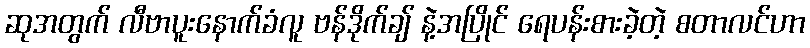
ဆုအတွက် လီဗာပူးနောက်ခံလူ ဗန်ဒိုက်ချ် နဲ့အပြိုင် ရေပန်းစားခဲ့တဲ့ စတာလင်ဟာ